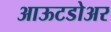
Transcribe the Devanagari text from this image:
आऊटडोअर